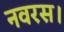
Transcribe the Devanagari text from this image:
नवरस।